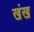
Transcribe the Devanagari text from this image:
खंख